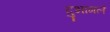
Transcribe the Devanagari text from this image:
दुभागले